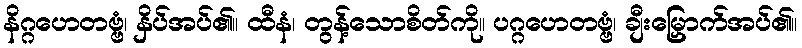
နိဂ္ဂဟေတဗ္ဗံ၊ နှိပ်အပ်၏။ ထီနံ၊ တွန့်သောစိတ်ကို။ ပဂ္ဂဟေတဗ္ဗံ၊ ချီးမြှောက်အပ်၏။